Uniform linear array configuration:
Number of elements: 64
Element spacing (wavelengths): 1
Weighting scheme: blackman
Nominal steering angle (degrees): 30
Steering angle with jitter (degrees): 31.898
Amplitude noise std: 0.05
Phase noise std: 0.05

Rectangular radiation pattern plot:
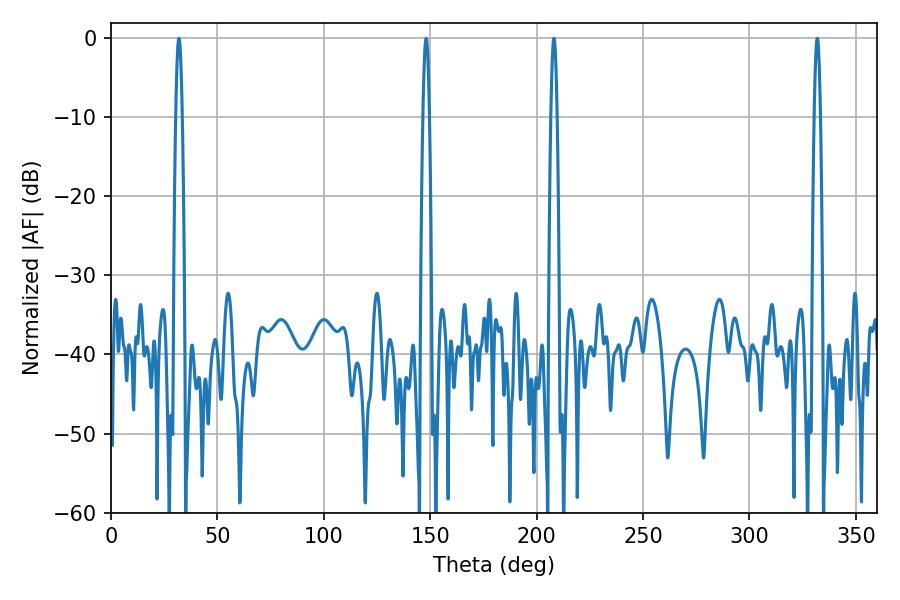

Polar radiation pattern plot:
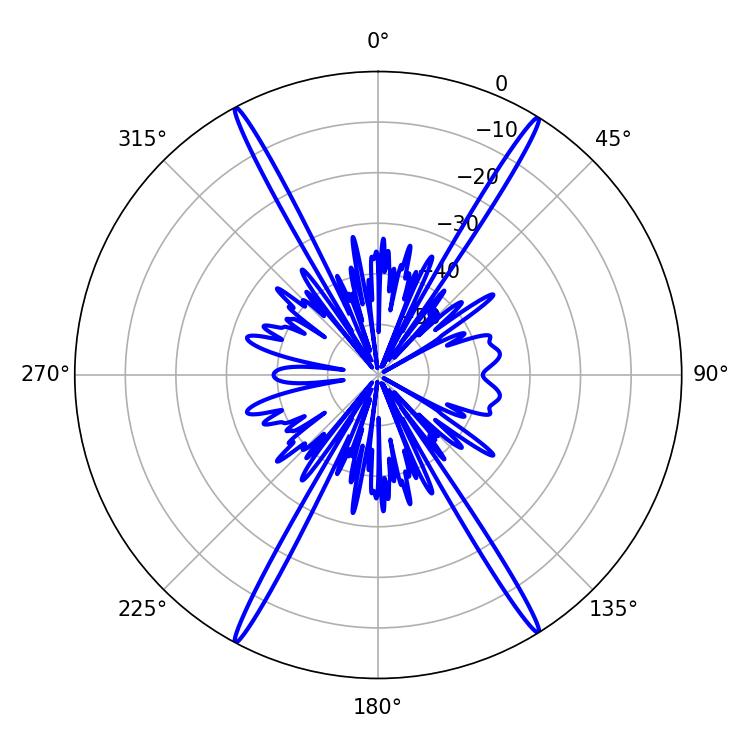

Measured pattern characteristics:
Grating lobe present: TRUE
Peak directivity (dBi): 26.152
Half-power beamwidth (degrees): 1.62
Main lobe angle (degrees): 148.14